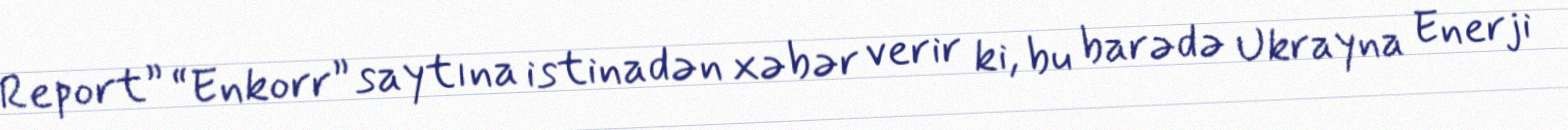
Report” “Enkorr” saytına istinadən xəbər verir ki, bu barədə Ukrayna Enerji